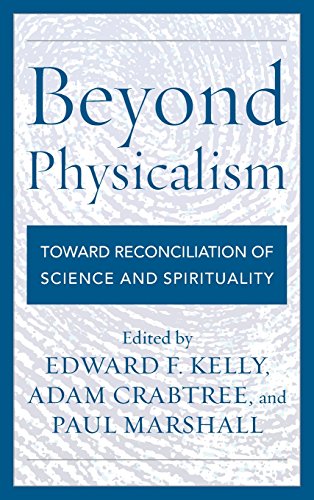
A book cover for Beyond Physicalism: Toward Reconciliation of Science and Spirituality; Politics & Social Sciences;